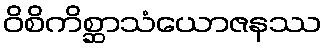
ဝိစိကိစ္ဆာသံယောဇနဿ